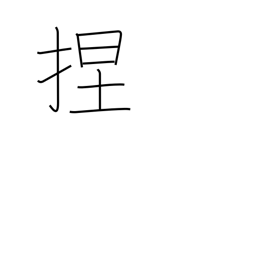
Meaning: knead